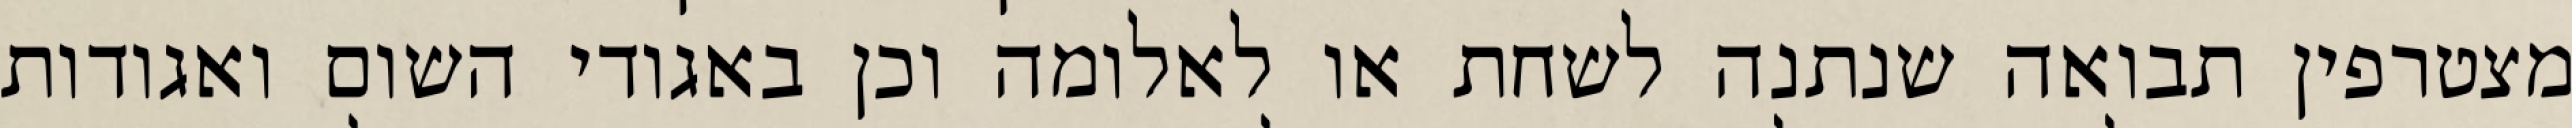
מצטרפין תבואה שנתנה לשחת או לאלומה וכן באגודי השום ואגודות